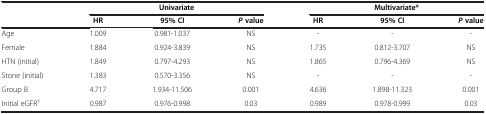
<table><thead><tr><td><b> </b></td><td colspan="3"><b>Univariate</b></td><td colspan="3"><b>Multivariate*</b></td></tr><tr><td><b> </b></td><td><b>HR</b></td><td><b>95% CI</b></td><td><b><i>P </i>value</b></td><td><b>HR</b></td><td><b>95% CI</b></td><td><b><i>P </i>value</b></td></tr></thead><tbody><tr><td>Age</td><td>1.009</td><td>0.981-1.037</td><td>NS</td><td>-</td><td>-</td><td>-</td></tr><tr><td>Female</td><td>1.884</td><td>0.924-3.839</td><td>NS</td><td>1.735</td><td>0.812-3.707</td><td>NS</td></tr><tr><td>HTN (initial)</td><td>1.849</td><td>0.797-4.293</td><td>NS</td><td>1.865</td><td>0.796-4.369</td><td>NS</td></tr><tr><td>Stone (initial)</td><td>1.383</td><td>0.570-3.356</td><td>NS</td><td>-</td><td>-</td><td>-</td></tr><tr><td>Group B</td><td>4.717</td><td>1.934-11.506</td><td>0.001</td><td>4.636</td><td>1.898-11.323</td><td>0.001</td></tr><tr><td>Initial eGFR<sup>†</sup></td><td>0.987</td><td>0.976-0.998</td><td>0.03</td><td>0.989</td><td>0.978-0.999</td><td>0.03</td></tr></tbody></table>